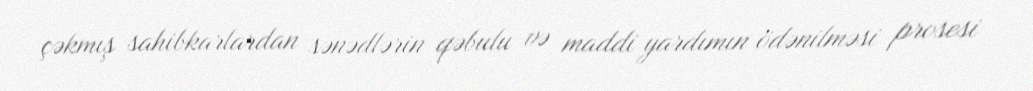
çəkmış sahibkarlardan sənədlərin qəbulu və maddi yardımın ödənilməsi prosesi